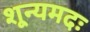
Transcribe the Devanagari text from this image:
शून्यमदः